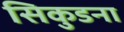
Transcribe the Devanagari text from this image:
सिकुडना